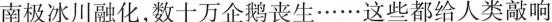
南极冰川融化，数十万企鹅丧生……这些都给人类敲响